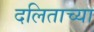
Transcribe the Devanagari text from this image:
दलिताच्या